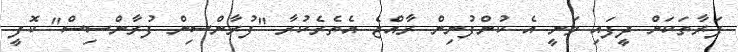
ފަރާތަކަށް ދީފައި ވަނީ އެ ކުންފުނިން ރާއްޖެ އެތެރެކުރާ "ފުރާންސިން ފުރާންސިސް" ކޮފީ